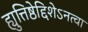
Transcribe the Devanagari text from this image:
ह्युत्तिष्ठेद्दिशेऽनत्वा